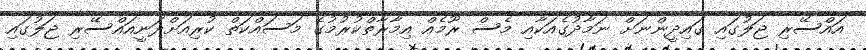
އައްސޭރި ޖަލުގައި ގައިދީންނަށް ނަމާދުގެއަކާއި މެސް ރޫމެއް އިމާރާތްކުރުމުގެ މަސައްކަތް ކުރިއަށްދަނީއައްސޭރި ޖަލުގައި